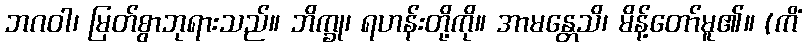
ဘဂဝါ၊ မြတ်စွာဘုရားသည်။ ဘိက္ခု၊ ရဟန်းတို့ကို။ အာမန္တေသိ၊ မိန့်တော်မူ၏။ (ကိံ